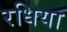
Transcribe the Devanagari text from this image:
रधिया